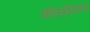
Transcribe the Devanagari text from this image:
कोठळीगडाचा